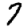
Digit: 7